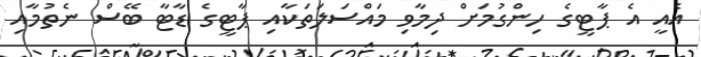
އެއީ އެ ޕާޓީގެ ހިންގުމަށް ދިމާވި މައްސަލަތަކާއި ޕާޓީގެ ޑާޓާ ބޭސް ނެތުމާއި